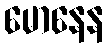
မောနေန